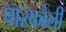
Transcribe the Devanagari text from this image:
पास्कोली